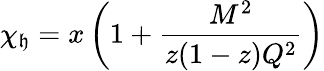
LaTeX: \chi_{\mathfrak{h}}=x\left(1+\frac{{M^{2}}}{{z(1-z)Q^{2}}}\right)